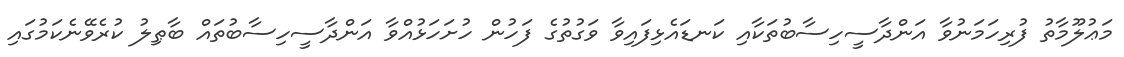
މަޢުލޫމާތު ފުރިހަމަނުވާ އަންދާސީހިސާބުތަކާއި ކަނޑައެޅިފައިވާ ވަގުތުގެ ފަހުން ހުށަހަޅުއްވާ އަންދާސީހިސާބުތައް ބާޠިލު ކުރެވޭނެކަމުގައި